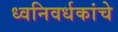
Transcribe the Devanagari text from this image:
ध्वनिवर्धकांचे